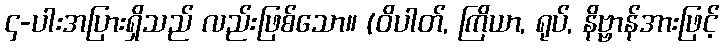
၄-ပါးအပြားရှိသည် လည်းဖြစ်သော။ (ဝိပါတ်, ကြိယာ, ရုပ်, နိဗ္ဗာန်အားဖြင့်